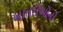
ખાતરીઓનો